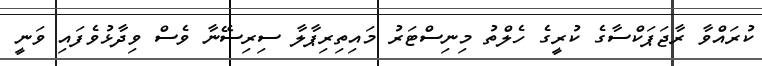
ކުރައްވާ ރާޖަޕަކްސާގެ ކުރީގެ ހެލްތު މިނިސްޓަރު މައިތިރިޕާލާ ސިރިސޭނާ ވެސް ވިދާޅުވެފައި ވަނީ